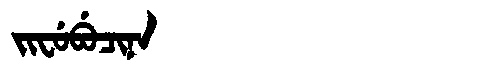
Manchu: ᠵᡳᠸᡠᠪᡠᠴᡳᠨᠠ
Romanization: JIFUBUCINA